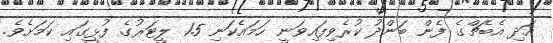
އަދި އެބެޗްގެ ފެން ބަންދު ކުރެވިފައިވަނީ ހަމައެކަނި 1.5 ލީޓަރުގެ ފުޅީގައި ކަމަށެވެ.